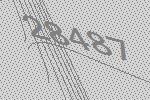
28487